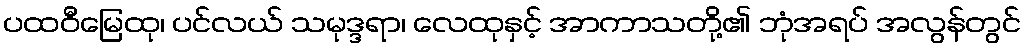
ပထဝီမြေထု၊ ပင်လယ် သမုဒ္ဒရာ၊ လေထုနှင့် အာကာသတို့၏ ဘုံအရပ် အလွန်တွင်